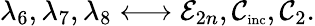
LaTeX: \lambda_{6},\lambda_{7},\lambda_{8}\longleftrightarrow\mathcal{E}_{2n},\mathcal{C}_{\textnormal{\scriptsize inc}},\mathcal{C}_{2}.